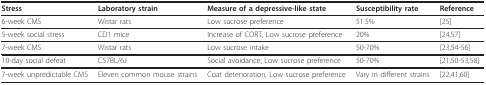
<table><thead><tr><td><b>Stress</b></td><td><b>Laboratory strain</b></td><td><b>Measure of a depressive-like state</b></td><td><b>Susceptibility rate</b></td><td><b>Reference</b></td></tr></thead><tbody><tr><td>6-week CMS</td><td>Wistar rats</td><td>Low sucrose preference</td><td>51.5%</td><td>[25]</td></tr><tr><td>5-week social stress</td><td>CD1 mice</td><td>Increase of CORT, Low sucrose preference</td><td>20%</td><td>[24,57]</td></tr><tr><td>7-week CMS</td><td>Wistar rats</td><td>Low sucrose intake</td><td>50-70%</td><td>[23,54-56]</td></tr><tr><td>10-day social defeat</td><td>C57BL/6J</td><td>Social avoidance, Low sucrose preference</td><td>50-70%</td><td>[21,50-53,58]</td></tr><tr><td>7-week unpredictable CMS</td><td>Eleven common mouse strains</td><td>Coat deterioration, Low sucrose preference</td><td>Vary in different strains</td><td>[22,41,60]</td></tr></tbody></table>